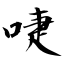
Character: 啑